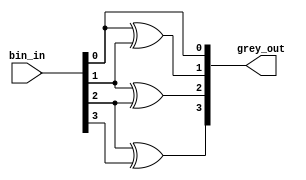
module bintogrey (
    input [3:0] bin_in,
    output [3:0] grey_out
);
    assign grey_out[0] = bin_in[0];
    assign grey_out[1] = bin_in[0] ^ bin_in[1];
    assign grey_out[2] = bin_in[1] ^ bin_in[2];
    assign grey_out[3] = bin_in[2] ^ bin_in[3]; 
endmodule